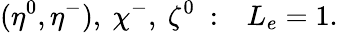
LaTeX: (\eta^{0},\eta^{-}),~\chi^{-},~\zeta^{0}~:~~~L_{e}=1.